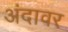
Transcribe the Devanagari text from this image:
अंदावर